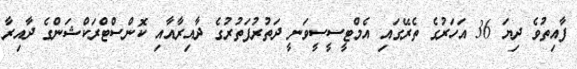
ފާއިތުވެ ދިޔަ 36 އަހަރުގެ ތެރޭގައި އެމްޓީސީސީވަނީ ދަތުރުފަތުރުގެ ދާއިރާއާއި ކޮންސްޓްރަކްޝަންގެ ދާއިރާ